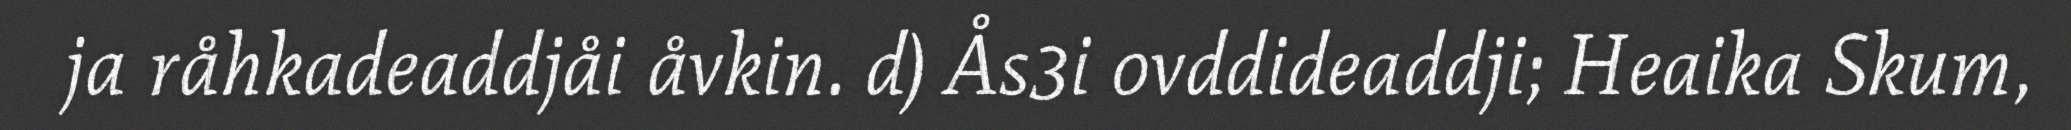
ja råhkadeaddjåi åvkin. d) Ås3i ovddideaddji; Heaika Skum,